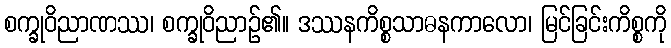
စက္ခုဝိညာဏဿ၊ စက္ခုဝိညာဉ်၏။ ဒဿနကိစ္စသာဓနကာလော၊ မြင်ခြင်းကိစ္စကို